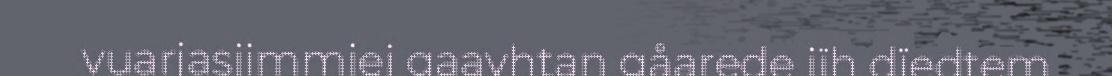
vuarjasjimmiej gaavhtan gåarede jïh dïedtem